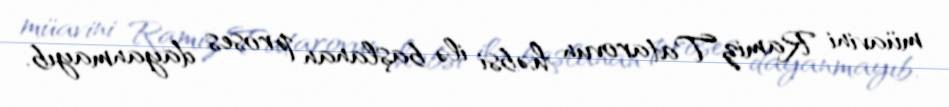
müavini Ramiz Tatarovun həbsi ilə başlanan proses dayanmayıb.